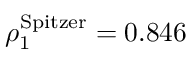
\rho _ { 1 } ^ { \mathrm { S p i t z e r } } = 0 . 8 4 6